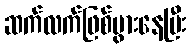
ဆက်လက်ဖြစ်ပွားနေပြီး